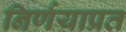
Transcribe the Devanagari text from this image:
निर्णयाप्रत